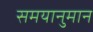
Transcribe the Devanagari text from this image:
समयानुमान